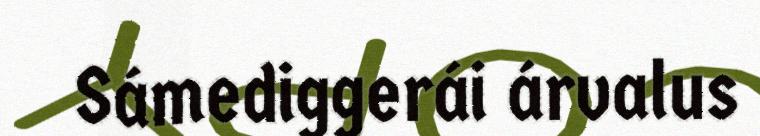
Sámediggerái árvalus